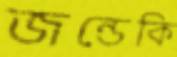
জন্ডেকি